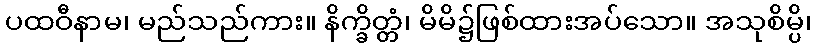
ပထဝီနာမ၊ မည်သည်ကား။ နိက္ခိတ္တံ၊ မိမိ၌ဖြစ်ထားအပ်သော။ အသုစိမ္ပိ၊